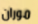
موران